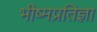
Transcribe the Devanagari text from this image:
भीष्मप्रतिज्ञा